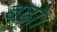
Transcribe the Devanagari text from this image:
बढ़ो।